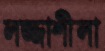
লজ্জাশীলা